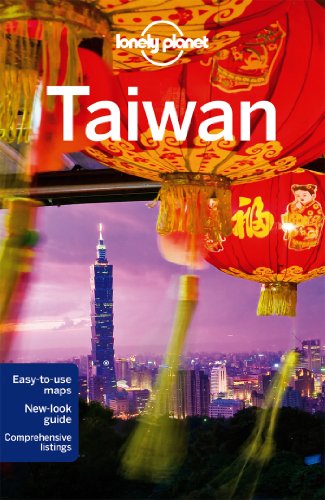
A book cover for Lonely Planet Taiwan (Travel Guide); Lonely Planet; Travel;